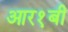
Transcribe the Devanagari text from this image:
आर१बी